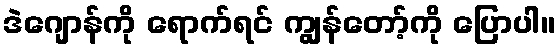
ဒဲဂျောန်ကို ရောက်ရင် ကျွန်တော့်ကို ပြောပါ။